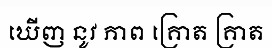
ឃើញ នូវ ភាព គ្រោត គ្រាត